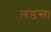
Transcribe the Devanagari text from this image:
लड़न्त।